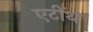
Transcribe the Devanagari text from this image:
एटींथ